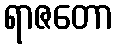
ရာဇတော